Indian journal of veterinary science and animal husbandry - Volumes 28-29, 1958-1959
Year: 1958
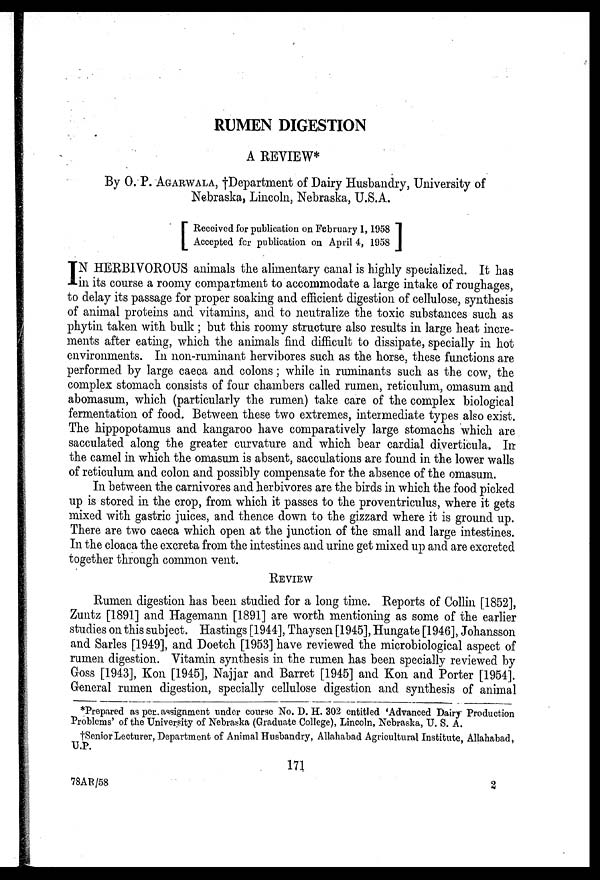
RUMEN DIGESTION
A REVIEW*
By O. P. AGARWALA, †Department of Dairy Husbandry, University of
Nebraska, Lincoln, Nebraska, U.S.A.
[ Received for publication on February 1, 1958
Accepted for publication on April 4, 1958]
I N HERBIVOROUS animals the alimentary canal is highly specialized. It has
in its course a roomy compartment to accommodate a large intake of roughages,
to delay its passage for proper soaking and efficient digestion of cellulose, synthesis
of animal proteins and vitamins, and to neutralize the toxic substances such as
phytin taken with bulk ; but this roomy structure also results in large heat incre-
ments after eating, which the animals find difficult to dissipate, specially in hot
environments. In non-ruminant hervibores such as the horse, these functions are
performed by large caeca and colons; while in ruminants such as the cow, the
complex stomach consists of four chambers called rumen, reticulum, omasum and
abomasum, which (particularly the rumen) take care of the complex biological
fermentation of food. Between these two extremes, intermediate types also exist.
The hippopotamus and kangaroo have comparatively large stomachs which are
sacculated along the greater curvature and which bear cardial diverticula. In
the camel in which the omasum is absent, sacculations are found in the lower walls
of reticulum and colon and possibly compensate for the absence of the omasum.
In between the carnivores and herbivores are the birds in which the food picked
up is stored in the crop, from which it passes to the proventriculus, where it gets
mixed with gastric juices, and thence down to the gizzard where it is ground up.
There are two caeca which open at the junction of the small and large intestines.
In the cloaca the excreta from the intestines and urine get mixed up and are excreted
together through common vent.
REVIEW
Rumen digestion has been studied for a long time. Reports of Collin [1852],
Zuntz [1891] and Hagemann [1891] are worth mentioning as some of the earlier
studies on this subject. Hastings [1944], Thaysen [1945], Hungate [1946], Johansson
and Sarles [1949], and Doetch [1953] have reviewed the microbiological aspect of
rumen digestion. Vitamin synthesis in the rumen has been specially reviewed by
Goss [1943], Kon [1945], Najjar and Barret [1945] and Kon and Porter [1954].
General rumen digestion, specially cellulose digestion and synthesis of animal
*Prepared as per. assignment under course No. D. H. 302 entitled 'Advanced Dairy Production
Problems' of the University of Nebraska (Graduate College), Lincoln, Nebraska, U. S. A.
†Senior Lecturer, Department of Animal Husbandry, Allahabad Agricultural Institute, Allahabad,
U.P.
171
78AR/58
2